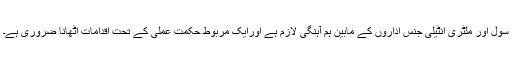
سول اور ملٹری انٹیلی جنس اداروں کے مابین ہم آہنگی لازم ہے اورایک مربوط حکمت عملی کے تحت اقدامات اٹھانا ضروری ہے۔